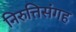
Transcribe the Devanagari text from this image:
निरुत्तिसंगह